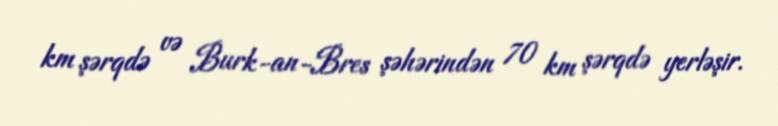
km şərqdə və Burk-an-Bres şəhərindən 70 km şərqdə yerləşir.